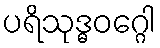
ပရိသုဒ္ဓဝဂ္ဂေါ